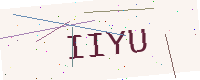
Text: IIYU